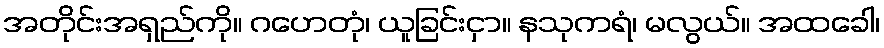
အတိုင်းအရှည်ကို။ ဂဟေတုံ၊ ယူခြင်းငှာ။ နသုကရံ၊ မလွယ်။ အထခေါ၊